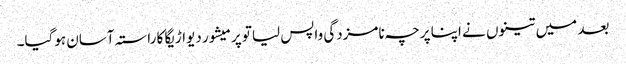
بعد میں تینوں نے اپنا پرچہ نامزدگی واپس لیاتو پرمیشور دیواڑیگا کا راستہ آسان ہوگیا۔